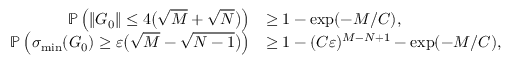
\begin{array} { r l } { \mathbb { P } \left( \| G _ { 0 } \| \le 4 \big ( \sqrt M + \sqrt N \big ) \right) } & { \ge 1 - \exp ( - M / C ) , } \\ { \mathbb { P } \left( \sigma _ { \operatorname* { m i n } } ( G _ { 0 } ) \ge \varepsilon \big ( \sqrt M - \sqrt { N - 1 } \big ) \right) } & { \ge 1 - ( C \varepsilon ) ^ { M - N + 1 } - \exp ( - M / C ) , } \end{array}